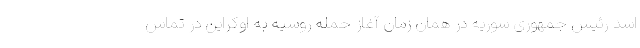
اسد رئیس جمهوری سوریه در همان زمان آغاز حمله روسیه به اوکراین در تماس